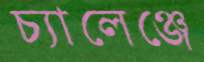
চ্যালেঞ্জে